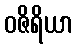
ဝဇိရိယာ